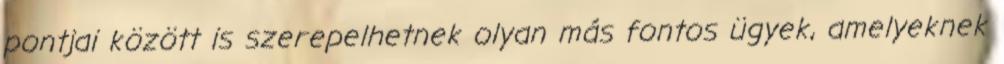
pontjai között is szerepelhetnek olyan más fontos ügyek, amelyeknek